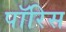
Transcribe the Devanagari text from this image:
पॉरिस